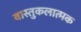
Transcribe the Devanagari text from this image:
वास्तुकलात्मक